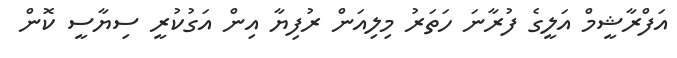
އަފްރާޝީމް އަލީގެ ފުރާނަ ހަތަރު މިލިއަން ރުފިޔާ އިން އަގުކުރީ ސިޔާސީ ކޮން